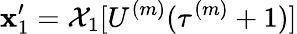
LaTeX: \mathbf{x}_{1}^{\prime}=\mathcal{{X}}_{1}[U^{(m)}(\tau^{(m)}+1)]